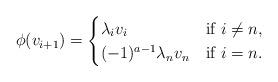
LaTeX: \begin{align*}\phi(v_{i+1})= \begin{cases} \lambda_i v_{i} & \mbox{if } i\neq n, \\ (-1)^{a-1}\lambda_n v_n & \mbox{if } i=n.\end{cases}\end{align*}